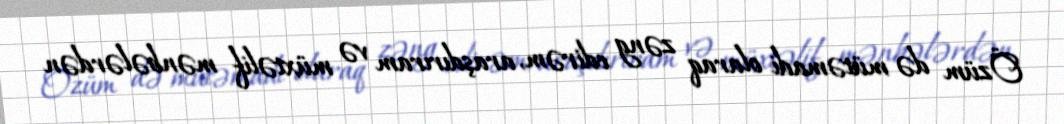
Özüm də mütəmadi olaraq zəng edirəm, araşdırıram və müxtəlif mənbələrdən